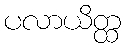
ပလာယိတ္ထ